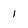
Character: 1